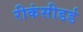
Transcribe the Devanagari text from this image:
रीकंसीडर्ड